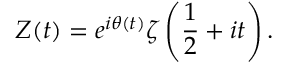
Z ( t ) = e ^ { i \theta ( t ) } \zeta \left( { \frac { 1 } { 2 } } + i t \right) .